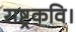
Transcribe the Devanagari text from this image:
राष्ट्रकवि।